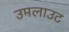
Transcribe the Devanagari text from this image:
उमलाउट